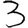
Digit: 3